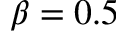
\beta = 0 . 5